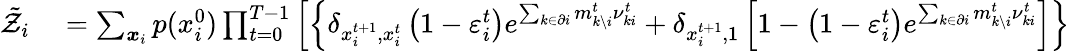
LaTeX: \begin{array}{rl}{\tilde{\mathcal{Z}}_{i}}&{{}=\sum_{\boldsymbol{x}_{i}}p(x_{i}^{0})\prod_{t=0}^{T-1}\left[\left\{ \delta_{x_{i}^{t+1},x_{i}^{t}}\left(1-\varepsilon_{i}^{t}\right)e^{\sum_{k\in\partial i}m_{k\setminus i}^{t}\nu_{ki}^{t}}+\delta_{x_{i}^{t+1},1}\left[1-\left(1-\varepsilon_{i}^{t}\right)e^{\sum_{k\in\partial i}m_{k\setminus i}^{t}\nu_{ki}^{t}}\right]\right\} \right.}\end{array}